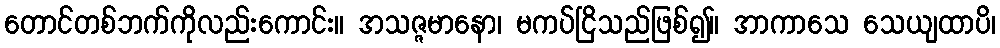
တောင်တစ်ဘက်ကိုလည်းကောင်း။ အသဇ္ဇမာနော၊ မကပ်ငြိသည်ဖြစ်၍။ အာကာသေ သေယျထာပိ၊